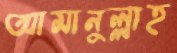
আমানুল্লাহ